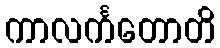
ကာလင်္ကတောတိ